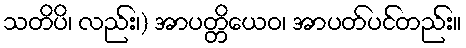
သတိပိ၊ လည်း၊) အာပတ္တိယေဝ၊ အာပတ်ပင်တည်း။